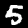
Label: 5